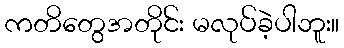
ကတိတွေအတိုင်း မလုပ်ခဲ့ပါဘူး။